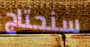
سنحتاج